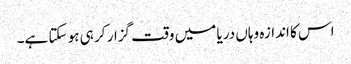
اس کا اندازہ وہاں دریا میں وقت گزار کر ہی ہو سکتا ہے۔